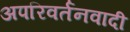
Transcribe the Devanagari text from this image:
अपरिवर्तनवादी